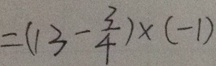
= ( 1 3 - \frac { 3 } { 4 } ) \times ( - 1 )